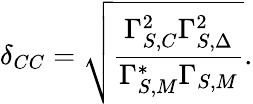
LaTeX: \delta_{CC}=\sqrt{\frac{\Gamma_{S,C}^{2}\Gamma_{S,\Delta}^{2}}{\Gamma_{S,M}^{*}\Gamma_{S,M}}}.